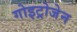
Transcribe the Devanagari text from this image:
गोइट्रोजेन